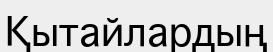
Қытайлардың